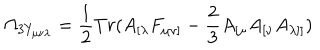
\Omega _ { 3 Y _ { \mu \nu \lambda } } = \frac { 1 } { 2 } T r ( A _ { [ \lambda } F _ { \mu \nu ] } - \frac { 2 } { 3 } A _ { [ \mu } A _ { [ \nu } A _ { \lambda ] ] } )